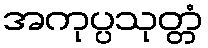
အကုပ္ပသုတ္တံ